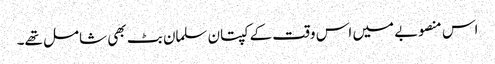
اس منصوبے میں اس وقت کے کپتان سلمان بٹ بھی شامل تھے۔